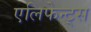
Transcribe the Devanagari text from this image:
एलिफेन्ट्स